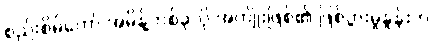
စည်းစိမ်တော် အမိန့်တစ်ခုလို အကျိုးဖြစ်၏ ဖြစ်ပွားမှုနှုန်းက